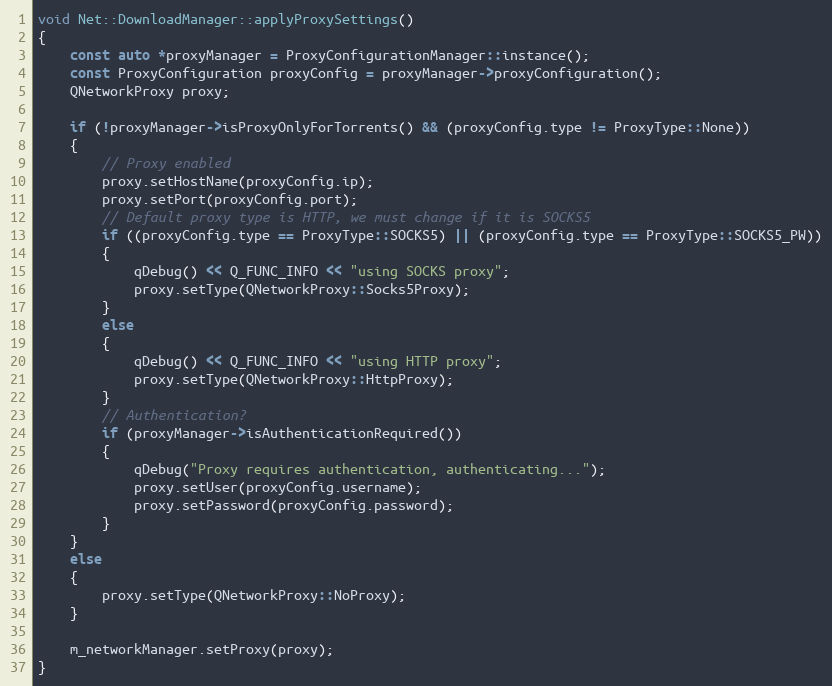
Language: C++
void Net::DownloadManager::applyProxySettings()
{
    const auto *proxyManager = ProxyConfigurationManager::instance();
    const ProxyConfiguration proxyConfig = proxyManager->proxyConfiguration();
    QNetworkProxy proxy;

    if (!proxyManager->isProxyOnlyForTorrents() && (proxyConfig.type != ProxyType::None))
    {
        // Proxy enabled
        proxy.setHostName(proxyConfig.ip);
        proxy.setPort(proxyConfig.port);
        // Default proxy type is HTTP, we must change if it is SOCKS5
        if ((proxyConfig.type == ProxyType::SOCKS5) || (proxyConfig.type == ProxyType::SOCKS5_PW))
        {
            qDebug() << Q_FUNC_INFO << "using SOCKS proxy";
            proxy.setType(QNetworkProxy::Socks5Proxy);
        }
        else
        {
            qDebug() << Q_FUNC_INFO << "using HTTP proxy";
            proxy.setType(QNetworkProxy::HttpProxy);
        }
        // Authentication?
        if (proxyManager->isAuthenticationRequired())
        {
            qDebug("Proxy requires authentication, authenticating...");
            proxy.setUser(proxyConfig.username);
            proxy.setPassword(proxyConfig.password);
        }
    }
    else
    {
        proxy.setType(QNetworkProxy::NoProxy);
    }

    m_networkManager.setProxy(proxy);
}